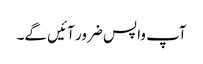
آپ واپس ضرور آئیں گے۔